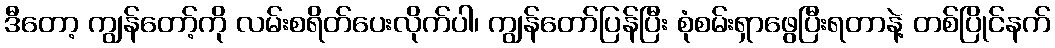
ဒီတော့ ကျွန်တော့်ကို လမ်းစရိတ်ပေးလိုက်ပါ၊ ကျွန်တော်ပြန်ပြီး စုံစမ်းရှာဖွေပြီးရတာနဲ့ တစ်ပြိုင်နက်